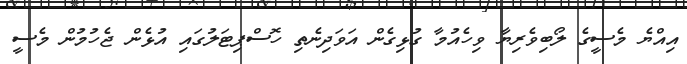
އިއްޔެ މެސީގެ ލޯބިވެރިޔާ ވިހެއުމާ ގުޅިގެން އަވަދިނެތި ހޮސްޕިޓަލުގައި އުޅެން ޖެހުމުން މެސީ